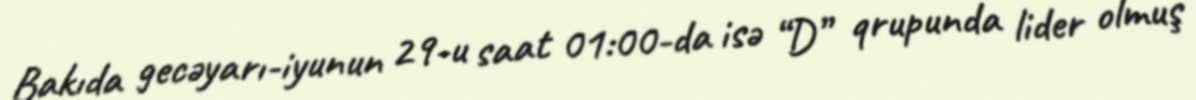
Bakıda gecəyarı-iyunun 29-u saat 01:00-da isə “D” qrupunda lider olmuş